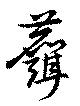
麛